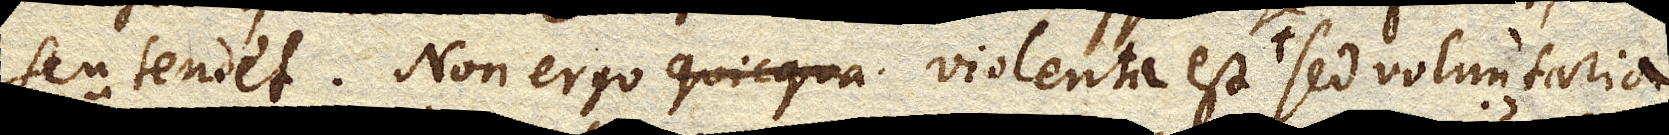
seu tendet. Non ergo violenta est sed voluntaria